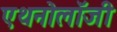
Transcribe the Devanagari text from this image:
एथनोलॉजी